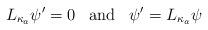
LaTeX: \begin{align*}L_{\kappa_a}\psi'=0\,\,\, \mbox{ and }\,\,\,\psi'=L_{\kappa_a}\psi\end{align*}